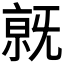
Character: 𣄶